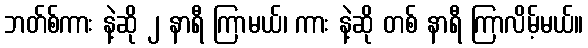
ဘတ်စ်ကား နဲ့ဆို ၂ နာရီ ကြာမယ်၊ ကား နဲ့ဆို တစ် နာရီ ကြာလိမ့်မယ်။